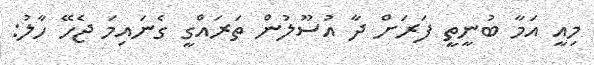
މިއީ އަމާ ބުނީތީ ފަރަށް ދާ އުސޫލުން ތަރައްގީ ގެނައިމަ ޖެހޭ ހާލު: